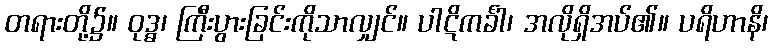
တရားတို့၌။ ဝုဒ္ဓ၊ ကြီးပွားခြင်းကိုသာလျှင်။ ပါဋိကင်္ခါ၊ အလိုရှိအပ်၏။ ပရိဟာနိ၊